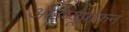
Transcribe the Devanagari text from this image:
आईब्यूप्रोफ़न